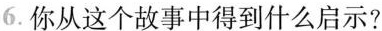
6.你从这个故事中得到什么启示?